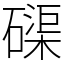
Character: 磲